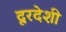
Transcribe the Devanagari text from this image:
दूरदेशी